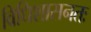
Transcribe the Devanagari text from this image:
विधिशासनतः